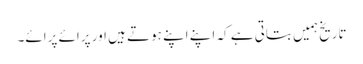
تاریخ ہمیں بتاتی ہے کہ اپنے اپنے ہوتے ہیں اور پرائے پرائے۔